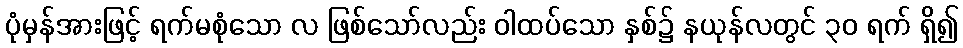
ပုံမှန်အားဖြင့် ရက်မစုံသော လ ဖြစ်သော်လည်း ဝါထပ်သော နှစ်၌ နယုန်လတွင် ၃၀ ရက် ရှိ၍